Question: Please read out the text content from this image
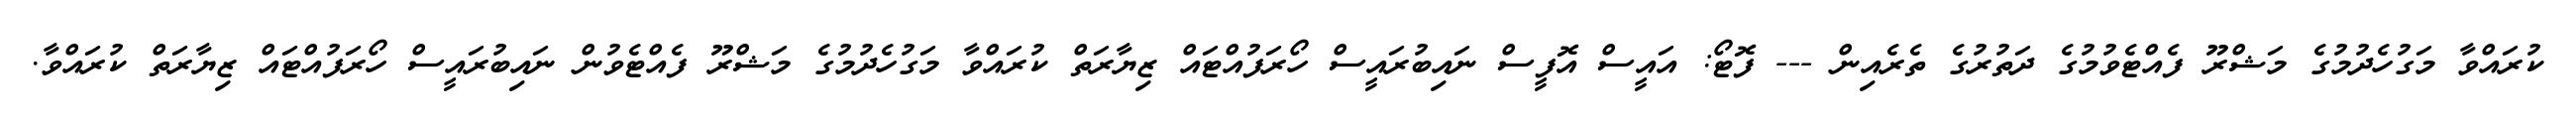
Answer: ކުރައްވާ މަގުހެދުމުގެ މަޝްރޫ ފެއްޓެވުމުގެ ދަތުރުގެ ތެރެއިން --- ފޮޓޯ: އައީސް އޮފީސް ނައިބުރައީސް ހޯރަފުއްޓައް ޒިޔާރަތް ކުރައްވާ މަގުހެދުމުގެ މަޝްރޫ ފެއްޓެވުން ނައިބުރައީސް ހޯރަފުއްޓައް ޒިޔާރަތް ކުރައްވާ.